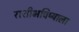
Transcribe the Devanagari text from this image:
राशीभविष्याला